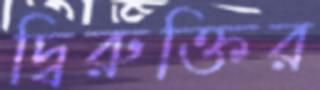
দ্বিরুক্তির